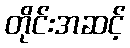
တိုင်းအဆင့်